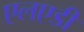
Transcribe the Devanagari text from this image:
एलएडी